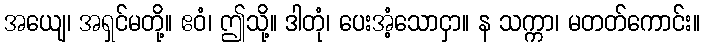
အယျေ၊ အရှင်မတို့။ ဧဝံ၊ ဤသို့။ ဒါတုံ၊ ပေးအံ့သောငှာ။ န သက္ကာ၊ မတတ်ကောင်း။